Etiology and epidemiology of plague
Disease focus: Plague
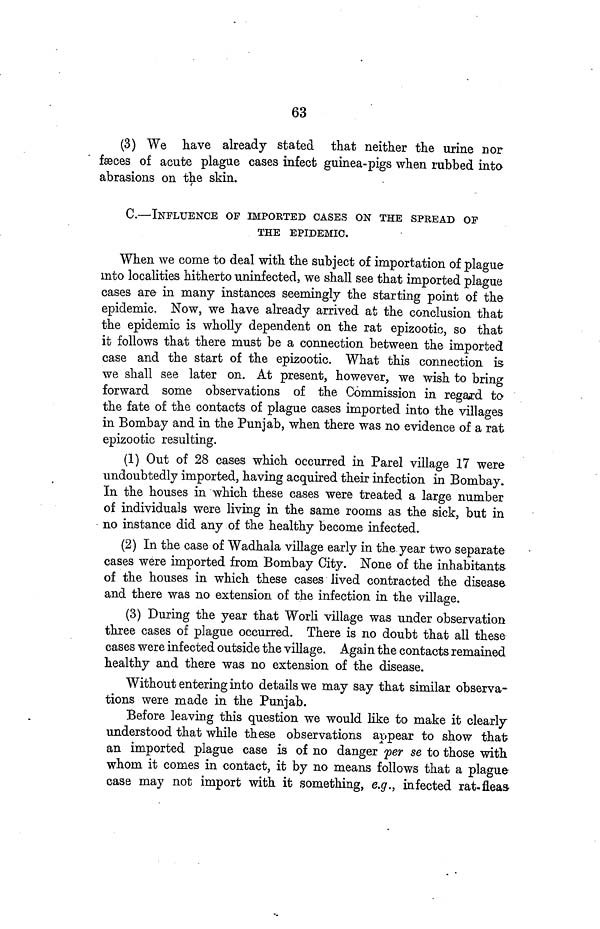
63
(3) We have already stated that neither the urine nor
fæces of acute plague cases infect guinea-pigs when rubbed into
abrasions on the skin.
C.—INFLUENCE OF IMPORTED CASES ON THE SPREAD OF
THE EPIDEMIC.
When we come to deal with the subject of importation of plague
into localities hitherto uninfected, we shall see that imported plague
cases are in many instances seemingly the starting point of the
epidemic. Now, we have already arrived at the conclusion that
the epidemic is wholly dependent on the rat epizootic, so that
it follows that there must be a connection between the imported
case and the start of the epizootic. What this connection is
we shall see later on. At present, however, we wish to bring
forward some observations of the Commission in regard to
the fate of the contacts of plague cases imported into the villages
in Bombay and in the Punjab, when there was no evidence of a rat
epizootic resulting.
(1) Out of 28 cases which occurred in Parel village 17 were
undoubtedly imported, having acquired their infection in Bombay.
In the houses in which these cases were treated a large number
of individuals were living in the same rooms as the sick, but in
no instance did any of the healthy become infected.
(2) In the case of Wadhala village early in the year two separate
cases were imported from Bombay City. None of the inhabitants
of the houses in which these cases lived contracted the disease
and there was no extension of the infection in the village.
(3) During the year that Worli village was under observation
three cases of plague occurred. There is no doubt that all these
cases were infected outside the village. Again the contacts remained
healthy and there was no extension of the disease.
Without entering into details we may say that similar observa-
tions were made in the Punjab.
Before leaving this question we would like to make it clearly
understood that while these observations appear to show that
an imported plague case is of no danger per se to those with
whom it comes in contact, it by no means follows that a plague
case may not import with it something, e.g., infected rat-fleas-